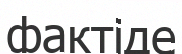
фактіде